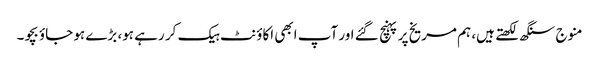
منوج سنگھ لکھتے ہیں، ہم مریخ پر پہنچ گئے اور آپ ابھی اکاؤنٹ ہیک کر رہے ہو، بڑے ہو جاؤ بچو۔